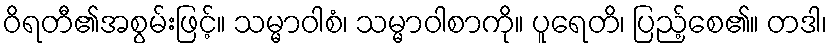
ဝိရတီ၏အစွမ်းဖြင့်။ သမ္မာဝါစံ၊ သမ္မာဝါစာကို။ ပူရေတိ၊ ပြည့်စေ၏။ တဒါ၊